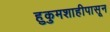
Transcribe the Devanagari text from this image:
हुकुमशाहीपासून